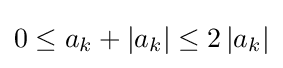
0\leq a_{k}+\left|a_{k}\right|\leq 2\left|a_{k}\right|